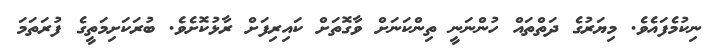
ނިކުމެފައެވެ. މިޔަރުގެ ދަތްތައް ހުންނަނީ ތިންކަނަށް ވާގޮތަށް ކައިރިފަށް ރާޅުކޮށެވެ. ބުރަކަށިމަތީގެ ފުރަތަމަ